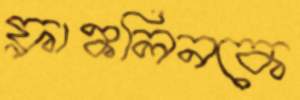
ফ্রাঙ্কলিনকে